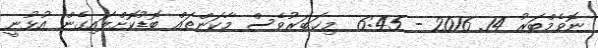
ނޮވެމްބަރު 14